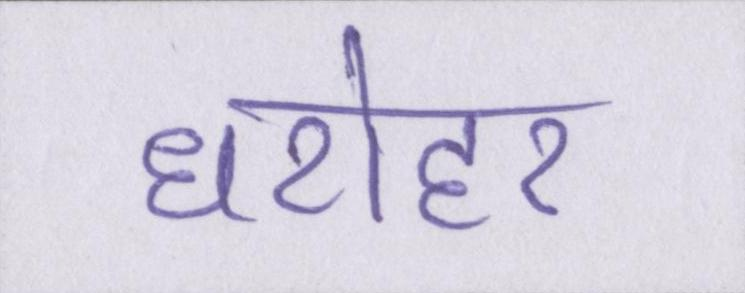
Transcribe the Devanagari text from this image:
धरोहर